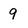
Character: 9